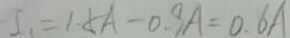
I _ { 1 } = 1 . 5 A - 0 . 9 A = 0 . 6 A